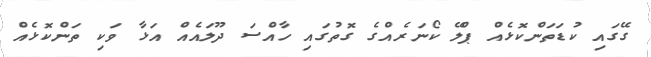
ގޭގައި ކުޑަތަންކޮޅެއް ޕްލޭ ކޯނަރެއްގެ ގޮތުގައި ހާއްސަ ދޫލައެއް އަޅާ ވަކި ތަންކޮޅެއް